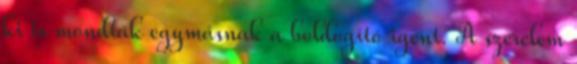
ki is mondták egymásnak a boldogító igent. A szerelem